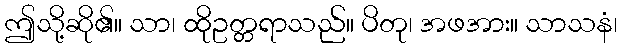
ဤသို့ဆို၏။ သာ၊ ထိုဥတ္တရာသည်။ ပိတု၊ အဖအား။ သာသနံ၊